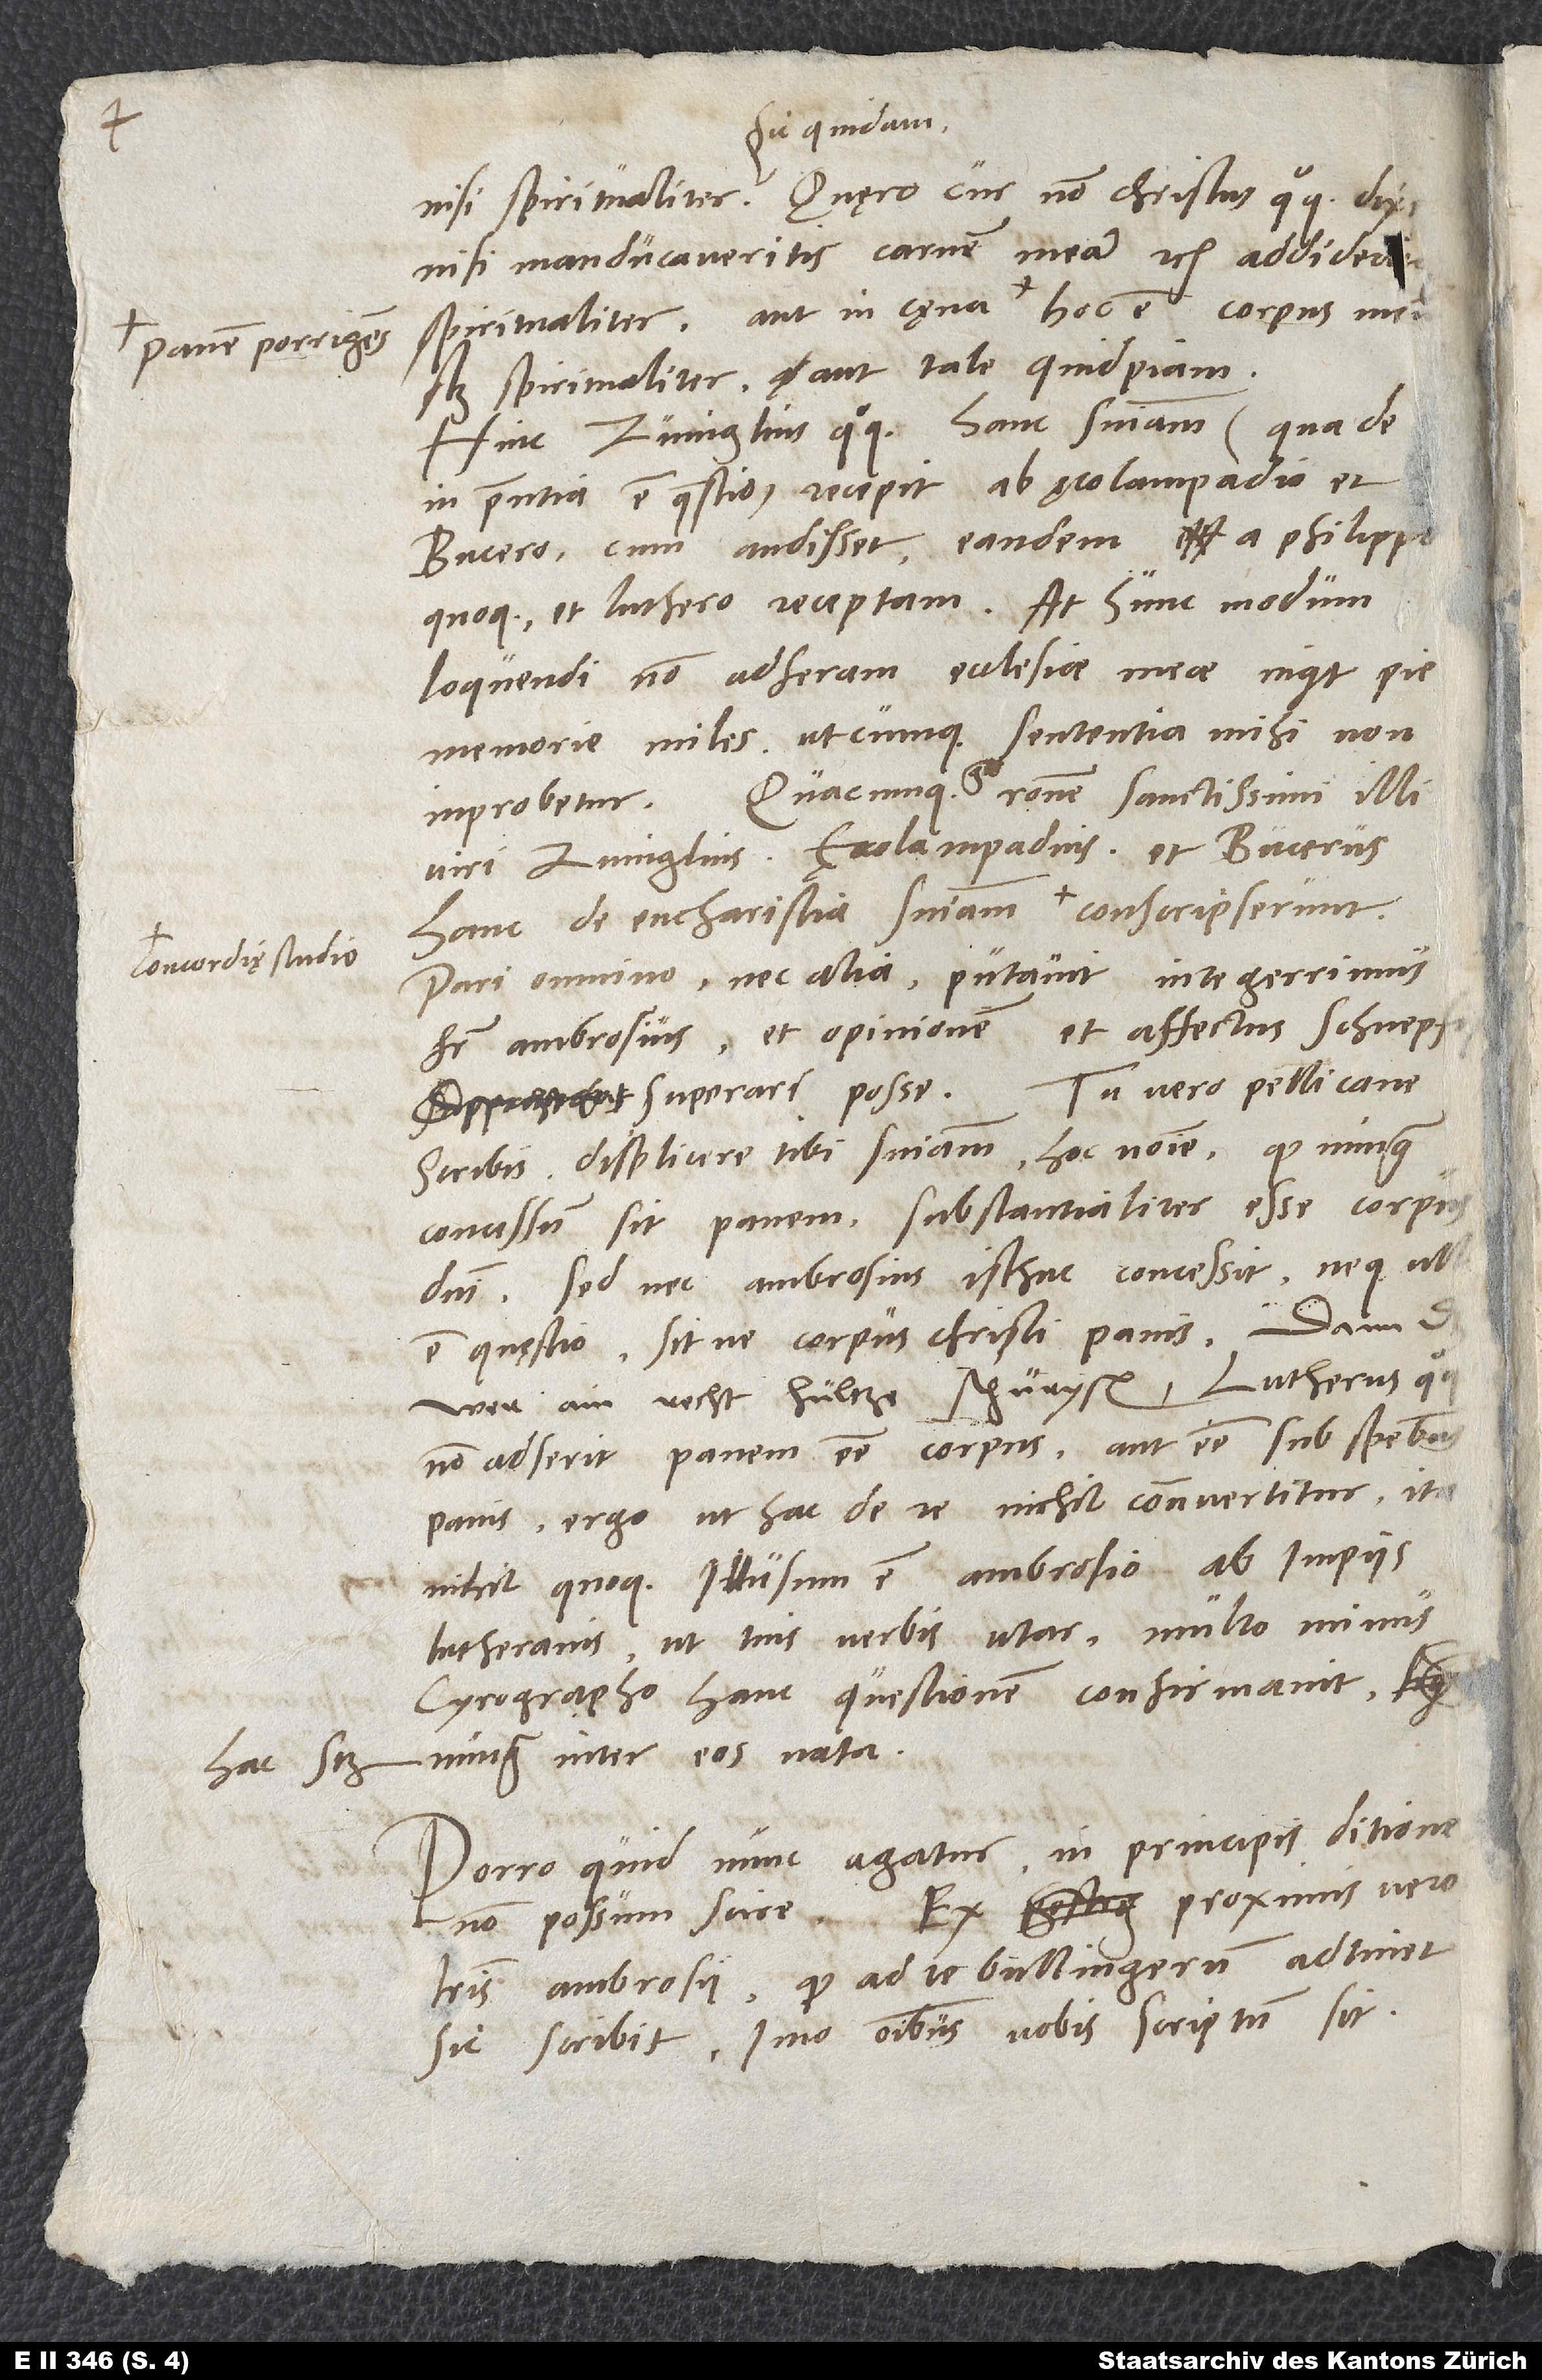
panem porrigens:

spiritualiter» aut tale quidpiam.
Hinc Zvinglius quoque hanc sententiam (qua de
in praesentia est quaestio) recepit ab Aecolampadio et
Bucero, cum audisset eandem a Philippo
quoque et Luthero receptam. «At hunc modum
loquendi non adferam ecclesiae meae», inquit pie
memorie miles, «utcumque sententia mihi non
improbetur.» Quacumque ergo ratione sanctissimi illi
viri, Zvinglius, Aecolampadius et Bucerus,
pari omnino nec alia putavit integerrimus
frater Ambrosius et opinionem et affectus Schnepf
wer ain recht hültze schürysen. Lutherus quoque
non adserit panem esse corpus aut esse sub speciebus
panis. Ergo, ut hac de re nichil convertitur, ita
nihil quoque illusum est Ambrosio ab impiis
Lutheranis, ut tuis verbis utar. Multo minus
cyrographo hanc questionem confirmavit,
nunquam inter eos nata.
Porro quid nunc agatur in principis ditione,
non possum scire. Ex proximis vero
literis Ambrosii, quod ad te, Bullingerum, adtinet,
sic scribit, imo omnibus nobis scriptum sit: